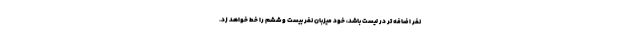
نفر اضافه تر در لیست باشد، خود میزبان نفر بیست و ششم را خط خواهد زد.